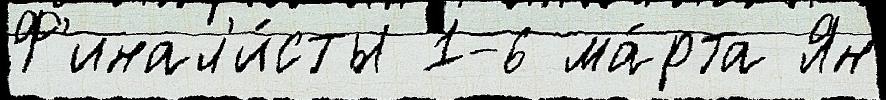
Ф'инал'и́сты 1-6 ма́рта Ян